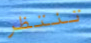
تنتظر